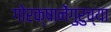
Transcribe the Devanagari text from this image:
गोरक्षानेंगुरुच्या